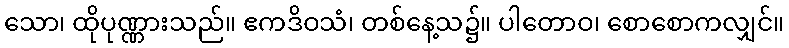
သော၊ ထိုပုဏ္ဏားသည်။ ဧကဒိဝသံ၊ တစ်နေ့သ၌။ ပါတောဝ၊ စောစောကလျှင်။